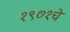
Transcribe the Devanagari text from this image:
१९७१चे